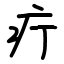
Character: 疔